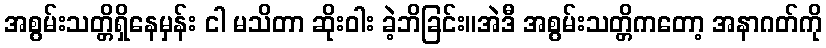
အစွမ်းသတ္တိရှိနေမှန်း ငါ မသိတာ ဆိုးဝါး ခဲ့ဘိခြင်း။အဲဒီ အစွမ်းသတ္တိကတော့ အနာဂတ်ကို